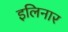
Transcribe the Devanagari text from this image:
इलिनार